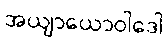
အယျာယောဝါဒေါ